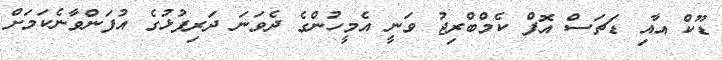
ޑޫކް އާއި ޑަޗަސް އޮފް ކެމްބްރިޖު ވަނީ އެމީހުންގެ ދެވަނަ ދަރިފުޅުގެ އުފަންވާނެކަމަށް